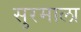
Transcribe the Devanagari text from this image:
सुरमाला